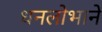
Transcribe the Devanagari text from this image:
धनलोभाने